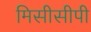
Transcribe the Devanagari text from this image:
मिसीसीपी